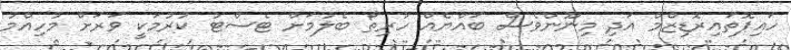
ހައިޕޮތައިރޮޑިޒްމް އަދި މިނޫންވެސް ބައްޔެއް ހުރިތޯ ބެލުމަށް ޓެސްޓު ކުރުމަކީ ވަރަށް މުހިއްމު